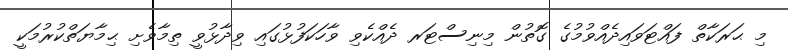
މި ޙަރަކާތް ފައްޓަވައިދެއްވުމުގެ ގޮތުން މިނިސްޓަރ ދެއްކެވި ވާހަކަފުޅުގައި ވިދާޅުވީ ތިމާވެށި ޙިމާޔަތްކުރުމަކީ